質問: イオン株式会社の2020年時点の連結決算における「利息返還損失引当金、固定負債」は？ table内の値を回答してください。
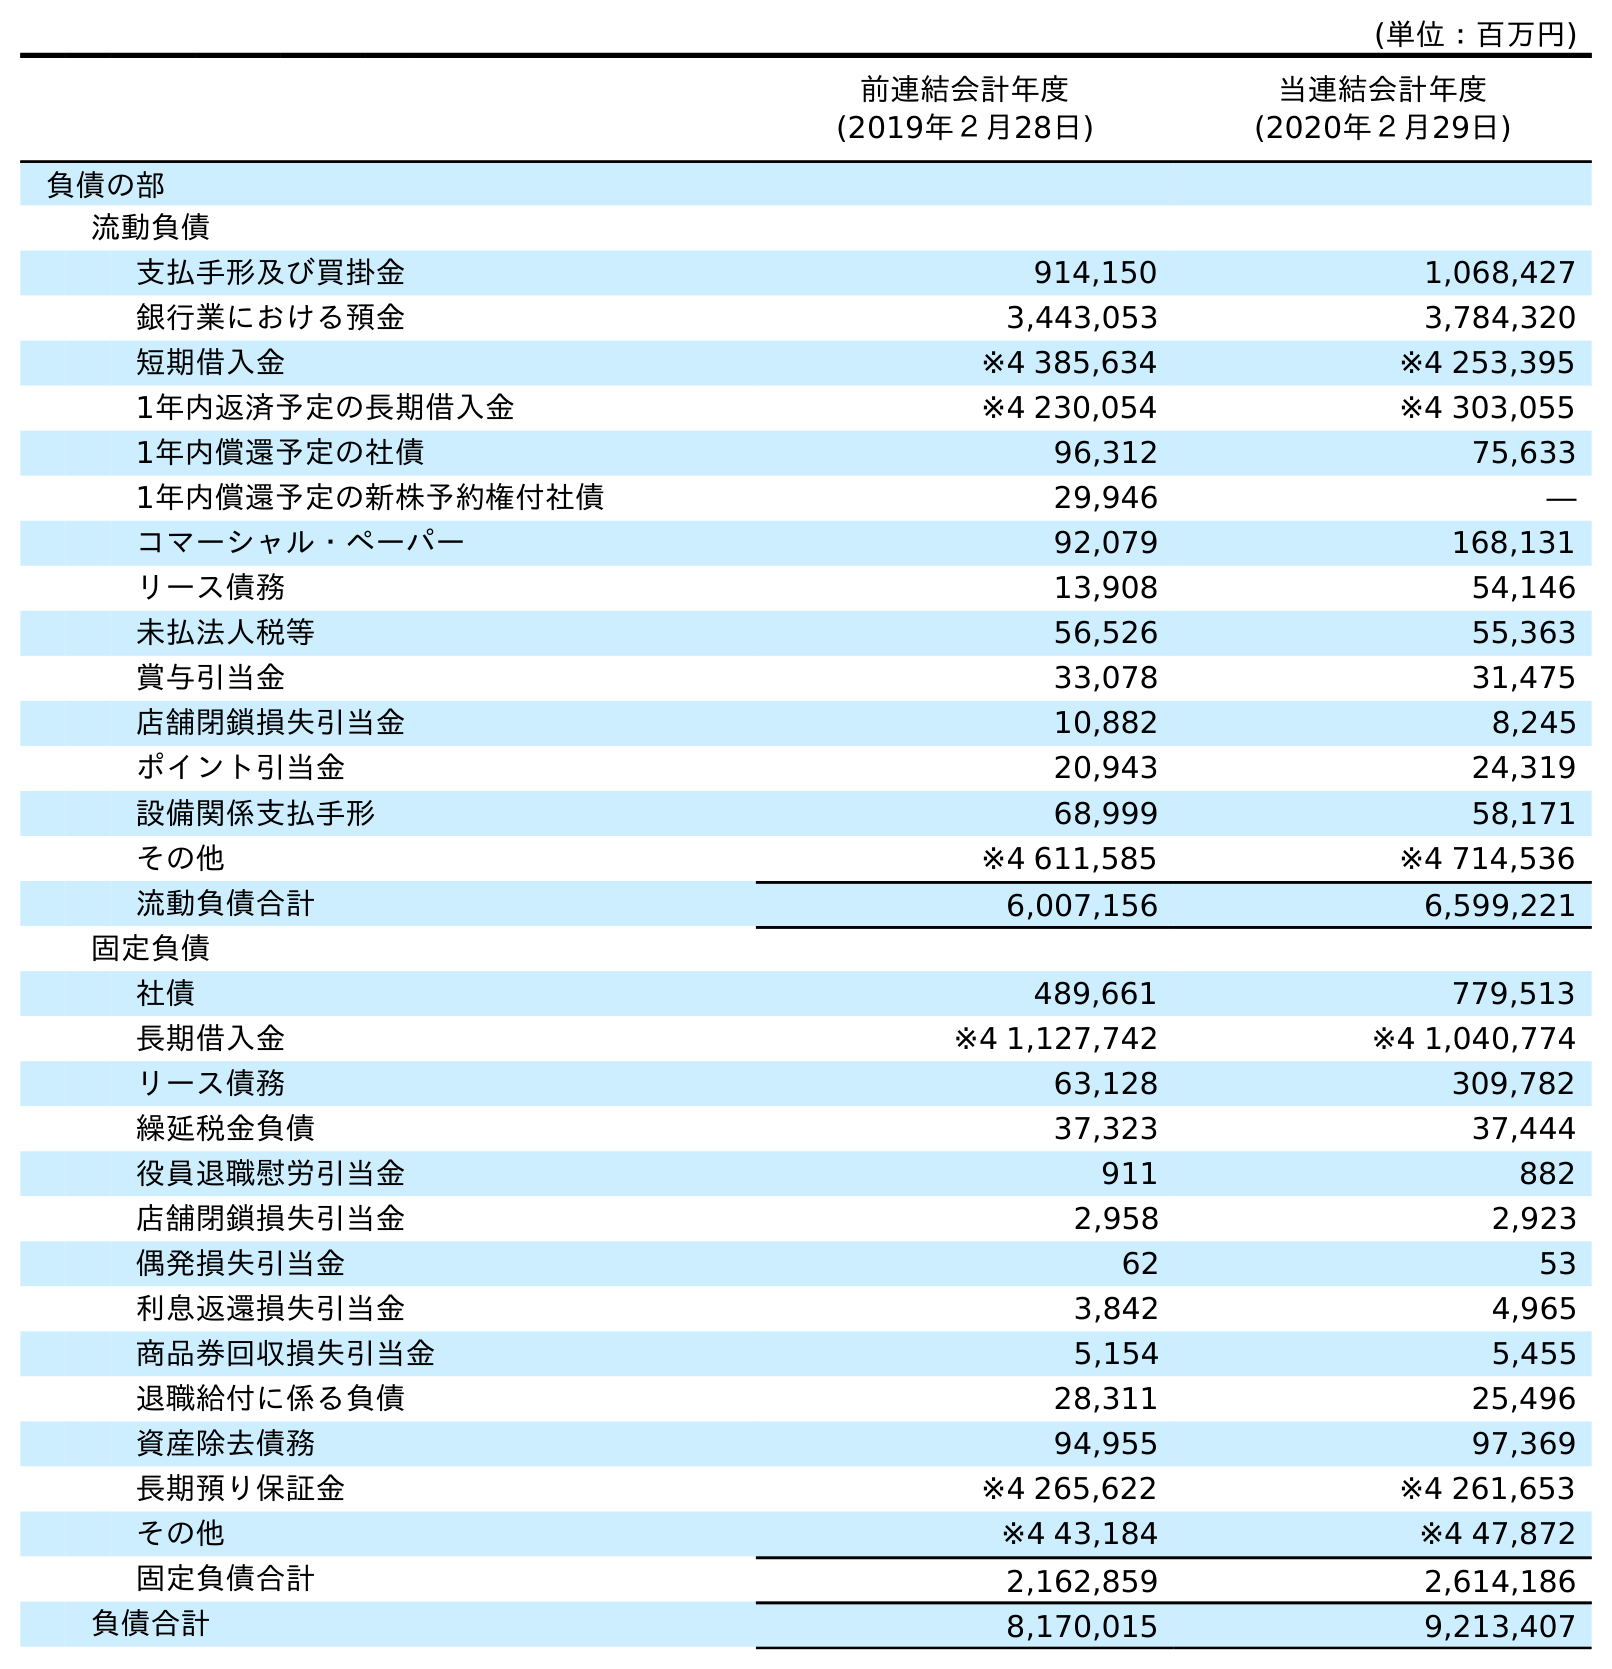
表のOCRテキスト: (単位：百万円) 前連結会計年度 (2019年２月28日) 当連結会計年度 (2020年２月29日) 負債の部 流動負債 支払手形及び買掛金 914,150 1,068,427 銀行業における預金 3,443,053 3,784,320 短期借入金 ※4 385,634 ※4 253,395 1年内返済予定の長期借入金 ※4 230,054 ※4 303,055 1年内償還予定の社債 96,312 75,633 1年内償還予定の新株予約権付社債 29,946 ― コマーシャル・ペーパー 92,079 168,131 リース債務 13,908 54,146 未払法人税等 56,526 55,363 賞与引当金 33,078 31,475 店舗閉鎖損失引当金 10,882 8,245 ポイント引当金 20,943 24,319 設備関係支払手形 68,999 58,171 その他 ※4 611,585 ※4 714,536 流動負債合計 6,007,156 6,599,221 固定負債 社債 489,661 779,513 長期借入金 ※4 1,127,742 ※4 1,040,774 リース債務 63,128 309,782 繰延税金負債 37,323 37,444 役員退職慰労引当金 911 882 店舗閉鎖損失引当金 2,958 2,923 偶発損失引当金 62 53 利息返還損失引当金 3,842 4,965 商品券回収損失引当金 5,154 5,455 退職給付に係る負債 28,311 25,496 資産除去債務 94,955 97,369 長期預り保証金 ※4 265,622 ※4 261,653 その他 ※4 43,184 ※4 47,872 固定負債合計 2,162,859 2,614,186 負債合計 8,170,015 9,213,407
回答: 4,965